Vana-Antsla_vallavalitsus, lk 172
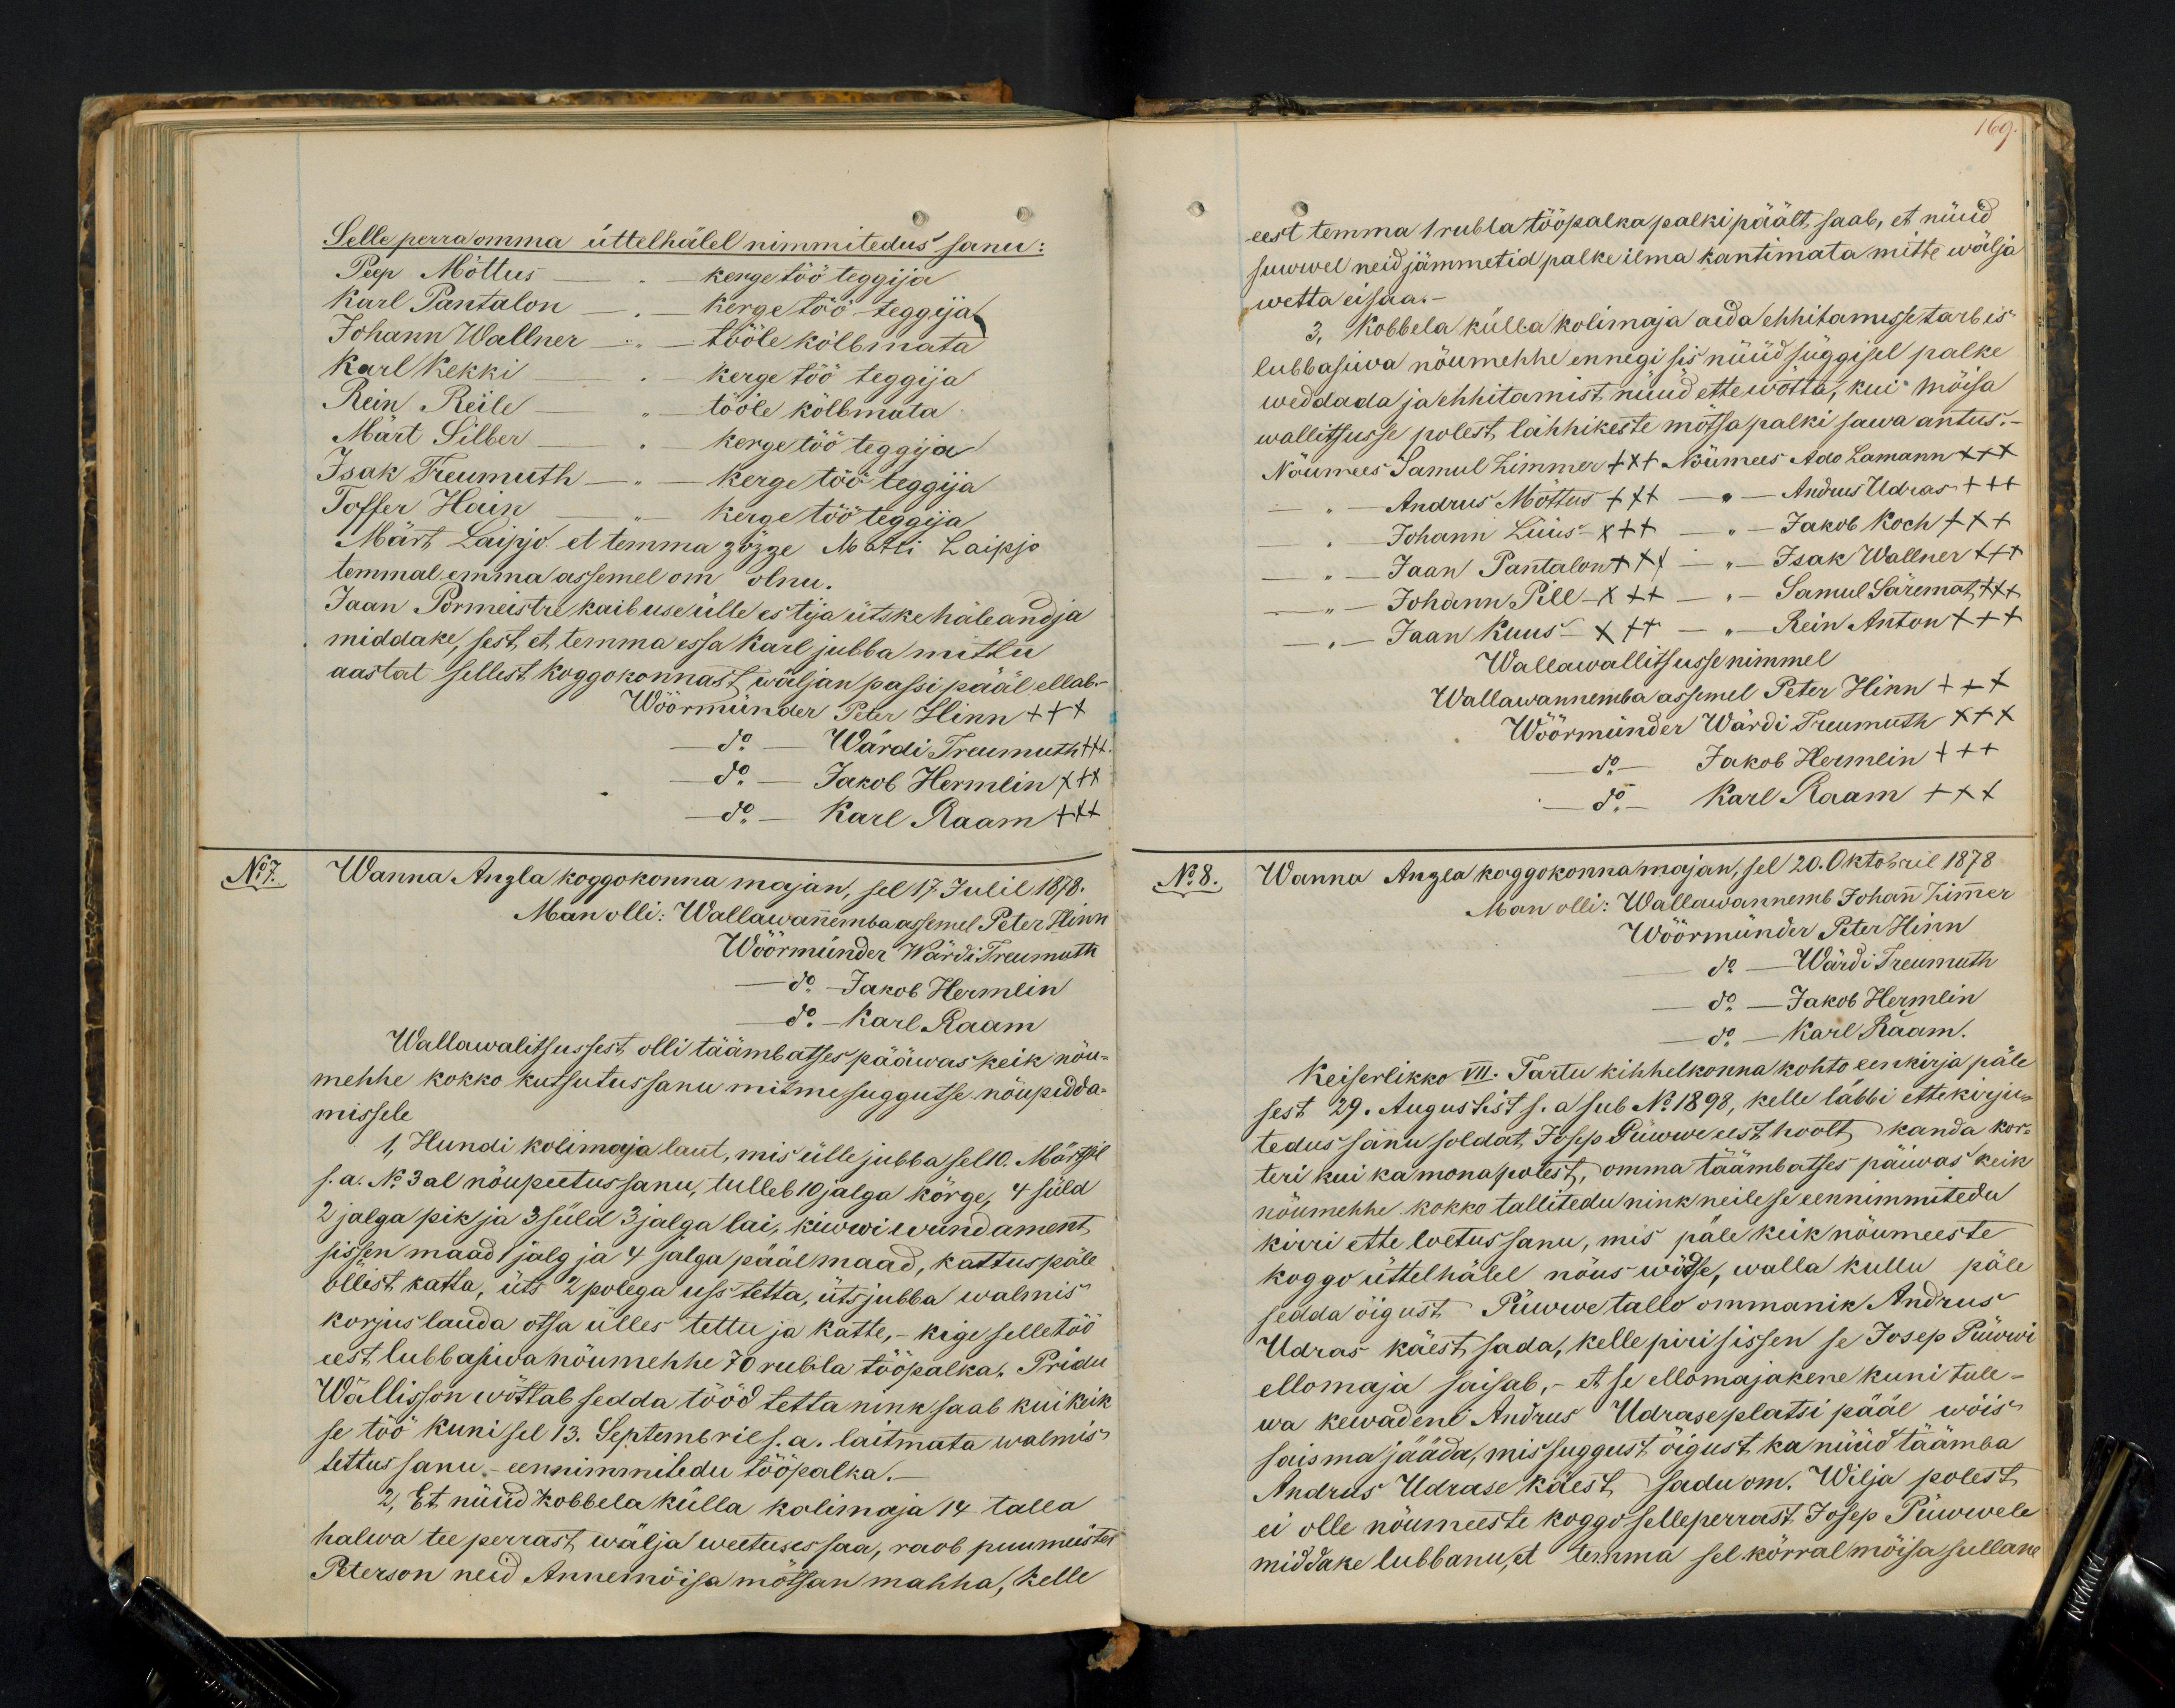
Selle perra omma üttelhälel nimmitedus sanu:
Peep Möttus
kerge töö teggija
Karl Pantalon
kerge töö teggija
Johann Wallner
tööle kölbmata
Karl Kekki
kerge töö teggija
Rein Reile
tööle kölbmata
Mart Silber - kerge töö teggija
Isak Treumuth - kerge töö teggija
Toffer Hain
kerge töö teggija
Märt Laipjo et temma zözze Matli Laipjo
temmal emma assemel om olnu.
Jaan Pormeistre kaibuse ülle es tija ütske häleandja
middake, sest et temma essa Karl jubba mittu
aastat sellest koggokonnast wäljan passi pääl ellab.
Wöörmünder Peter Hinn +++
do Wärdi Traumuth +++
do - Jakob Hermlin XXX
do Karl Raam +++
N17. Wanna Anzla koggokonna majan, sel 17 Julil 1878.
Man olli: Wallawannemba asemel Peter Hinn
Wöörmünder Wärdi Treumuth
do Jakob Hermlin
do Karl Raam
Wallawalitsussest olli täämbatses pääwas keik nöu-
mehhe kokko kutsutus sanu mitmesuggutse nöupidda-
missele.
1, Hundi kolimaja laut, mis ülle jubba sel 10. Märtsil
s.a. No 3al nöupeetus sanu, tulleb 10 jalga körge, 4 süld
2 jalga pik ja 3 süld 3 jalga lai, kiwwi wundament
sissen maad 1 jalg ja 4 jalga pääl maad, kattus päle
öllist katta, üts 2 polega uss tetta, üts jubba walmis
korjus lauda otsa ülles tettu ja katte,- kige selletöö
eest lubbasiwa nöumehhe 70 rubla tööpalka. Pridu
Wällisson wöttab sedda tööd tetta nink saab kui keik
se töö kuni sel 13. Septembril s.a. laitmata walmis-
tettus sanu - eennimmitedu tööpalka.
2, Et nüüd Kobbela külla kolimaja 14 talla
halwa tee perrast wälja weetuses saa, raob puumeister
Peterson neid Annemõisa mötsan mahha, kelle

169
eest temma 1 rubla tööpalka palki päält, saab, et nüüd
suwwel neid jämmetid palke ilma kantimata mitte wälja
wetta ei saa.
3, Kobbela külla kolimaja aida ehhitamisse tarbis
lubbasiwa nöumehhe ennegi sis nüüd süggisel palke
weddada ja ehhitamist nüüd ette wötta, kui möisa
wallitsusse polest lähhikeste mötsapalki sawa antus.
Nöumees Samul Zimmer +++ Nöumees Ado Lamann +++
" Andrus Möttus +++
- Johann Lüüs XXX - " - Jakob Koch +++
" - Jaan Pantalont xxx - " Isak Wallner xxx
" Johann Pill XXX " - " Samul Säremat +++
" Jaan Kuus XXX - " Rein Anton +++
Wallawallitsusse nimmel
Wallawannemba assemel Peter Hinn +++
Wöörmünder Wärdi Treumuth XXX
do Jakob Hermlin +++
do  Karl Raam +++
Nr 8. Wanna Anzla koggokonna majan, sel 20. Oktobril 1878
Man olli: Wallawannemb Johann Zimmer
Wöörmünder Peter Hinn
do Wärdi Treumuth
do - Jakob Hermlin
do Karl Raam.
Keiserlikko VII. Tartu kihhelkonna kohto eenkirja päle
sest 29. Augustist s. a. sub No 1898, kelle läbbi ettekirju-
tedus sinu soldat Josep Püwwe eest hoolt kanda kor-
teri kui ka mona polest, omma täämbatses päiwas keik
nöumehhe kokko tallitedu nink neile se eennimmitedu
kirri ette loetus sanu, mis päle keik nöumeeste
koggo üttelhälel nöus wötse, walla kullu päle
sedda öigust Püwwe tallo ommanik Andrus
Udras käest sada, kelle piri sissen se Josep Püwwi
ellomaja saisab, - et se ellomajakene kuni tule-
wa kewadeni Andrus Udrase platsi pääl wöis
saisma jääda, mis suggust öigust ka nüüd täämba
Andrus Udrase käest sadu om. Wilja polest
ei olle nöumeeste koggo selleperrast Josep Püwwele
middake lubbanu, et temma sel körral möisa sullane